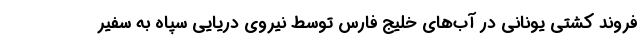
فروند کشتی یونانی در آب‌های خلیج فارس توسط نیروی دریایی سپاه به سفیر